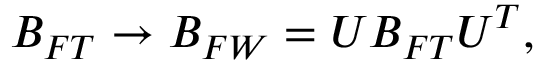
B _ { F T } \rightarrow B _ { F W } = U B _ { F T } U ^ { T } ,